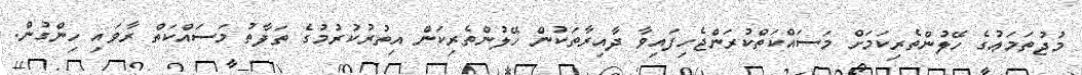
މުޖުތަމަޢުގެ ހޭލުންތެރިކަމަށް މަސައްކަތްކުރަންޖެހިފައިވާ ދާއިރާތަކުން ހޭލުންތެރިކަން އިތުރުކުރުމުގެ ތަފާތު މަސައްކަތް ރާވައި ހިންގުން.